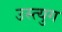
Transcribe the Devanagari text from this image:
उस्त्युग